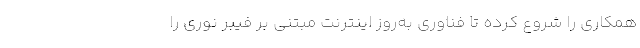
همکاری را شروع کرده تا فناوری به‌روز اینترنت مبتنی بر فیبر نوری را